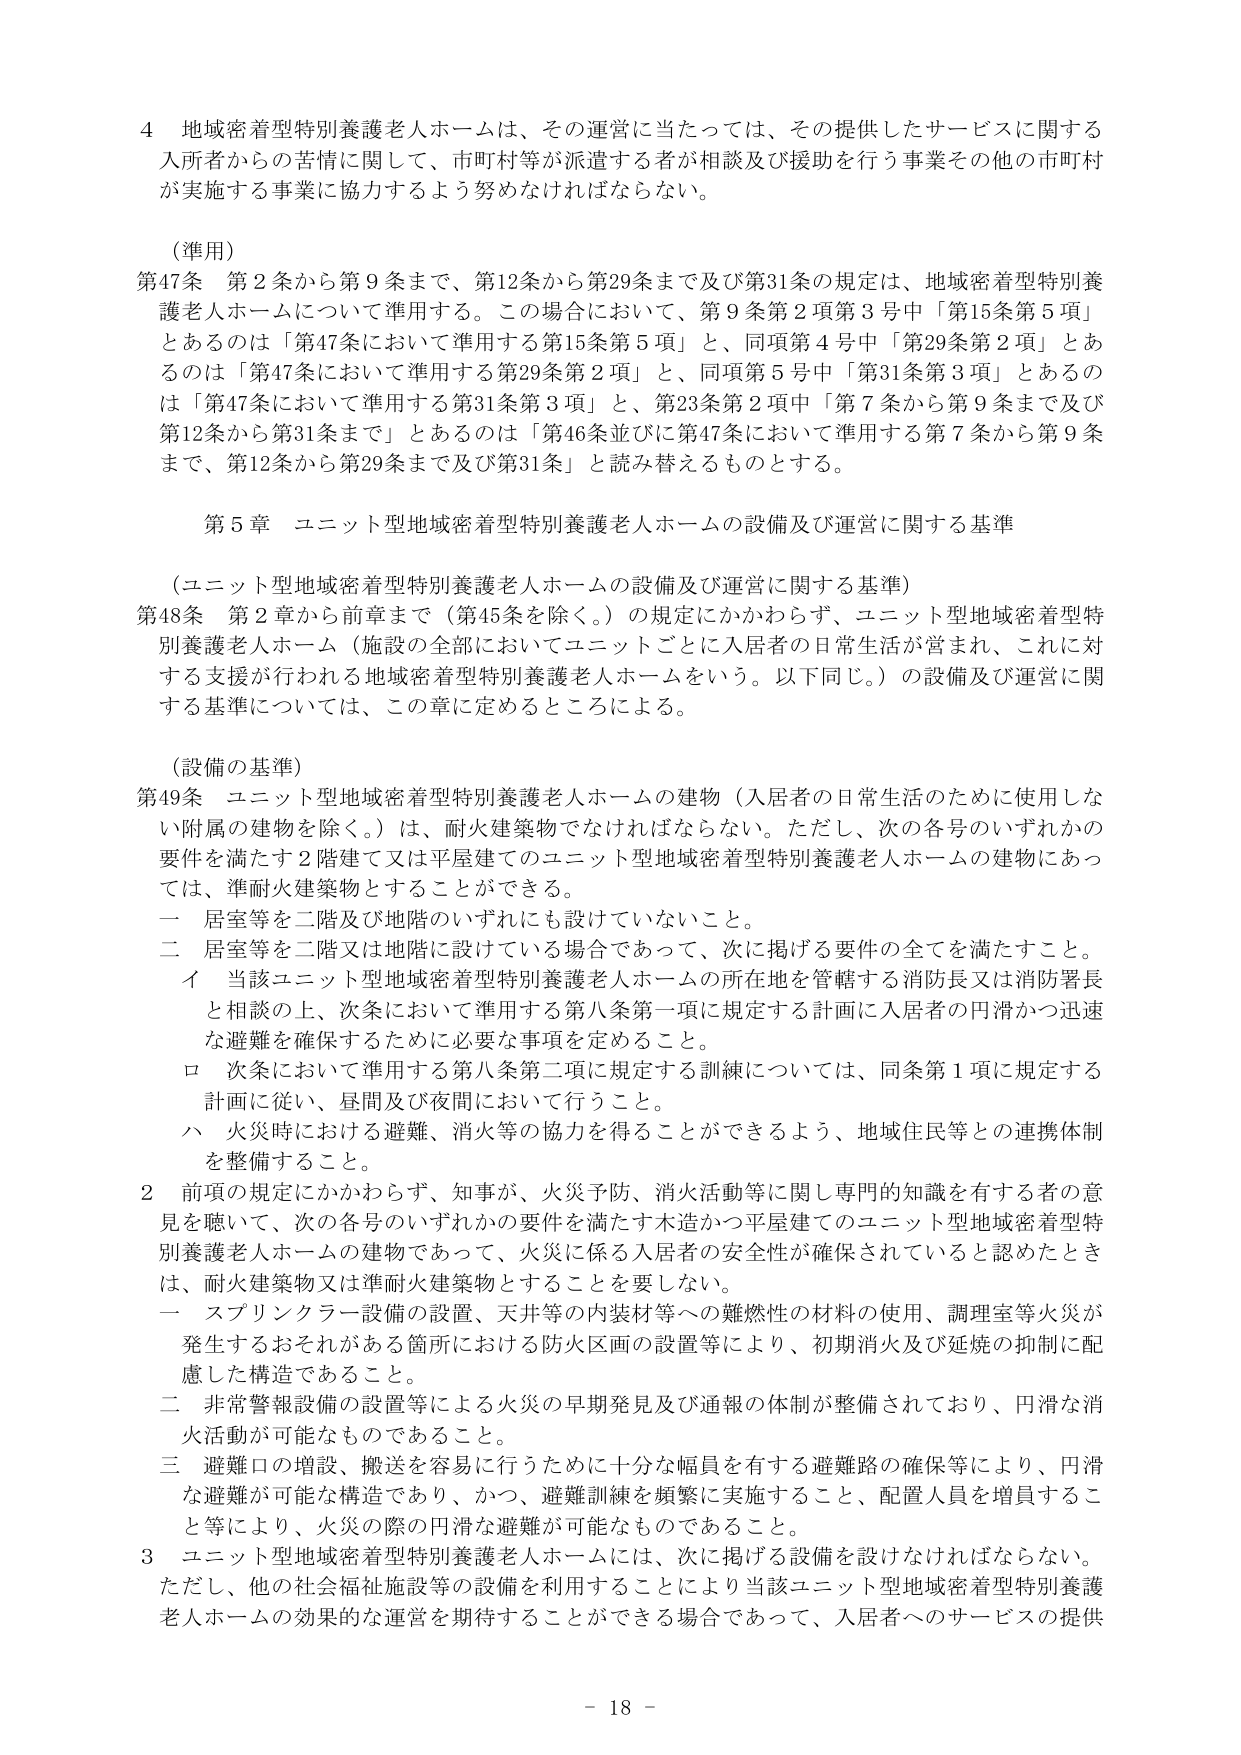
4 地域密着型特別養護老人ホームは、その運営に当たっては、その提供したサービスに関する入所者からの苦情に関して、市町村等が派遣する者が相談及び援助を行う事業その他の市町村が実施する事業に協力するよう努めなければならない。

（準用）
第47条 第2条から第9条まで、第12条から第29条まで及び第31条の規定は、地域密着型特別養護老人ホームについて準用する。この場合において、第9条第2項第3号中「第15条第5項」とあるのは「第47条において準用する第15条第5項」と、同項第4号中「第29条第2項」とあるのは「第47条において準用する第29条第2項」と、同項第5号中「第31条第3項」とあるのは「第47条において準用する第31条第3項」と、第23条第2項中「第7条から第9条まで及び第12条から第31条まで」とあるのは「第46条並びに第47条において準用する第7条から第9条まで、第12条から第29条まで及び第31条」と読み替えるものとする。

第5章 ユニット型地域密着型特別養護老人ホームの設備及び運営に関する基準

（ユニット型地域密着型特別養護老人ホームの設備及び運営に関する基準）
第48条 第2章から前章まで（第45条を除く。）の規定にかかわらず、ユニット型地域密着型特別養護老人ホーム（施設の全部においてユニットごとに入居者の日常生活が営まれ、これに対する支援が行われる地域密着型特別養護老人ホームをいう。以下同じ。）の設備及び運営に関する基準については、この章に定めるところによる。

（設備の基準）
第49条 ユニット型地域密着型特別養護老人ホームの建物（入居者の日常生活のために使用しない附属の建物を除く。）は、耐火建築物でなければならない。ただし、次の各号のいずれかの要件を満たす2階建て又は平屋建てのユニット型地域密着型特別養護老人ホームの建物にあっては、準耐火建築物とすることができる。
一 居室等を二階及び地階のいずれにも設けていないこと。
二 居室等を二階又は地階に設けている場合であって、次に掲げる要件の全てを満たすこと。
　イ 当該ユニット型地域密着型特別養護老人ホームの所在地を管轄する消防長又は消防署長と相談の上、次条において準用する第八条第一項に規定する計画に入居者の円滑かつ迅速な避難を確保するために必要な事項を定めること。
　ロ 次条において準用する第八条第二項に規定する訓練については、同条第1項に規定する計画に従い、昼間及び夜間において行うこと。
　ハ 火災時における避難、消火等の協力を得ることができるよう、地域住民等との連携体制を整備すること。
2 前項の規定にかかわらず、知事が、火災予防、消火活動等に関し専門的知識を有する者の意見を聴いて、次の各号のいずれかの要件を満たす木造かつ平屋建てのユニット型地域密着型特別養護老人ホームの建物であって、火災に係る入居者の安全性が確保されていると認めたときは、耐火建築物又は準耐火建築物とすることを要しない。
一 スプリンクラー設備の設置、天井等の内装材等への難燃性の材料の使用、調理室等火災が発生するおそれがある箇所における防火区画の設置等により、初期消火及び延焼の抑制に配慮した構造であること。
二 非常警報設備の設置等による火災の早期発見及び通報の体制が整備されており、円滑な消火活動が可能なものであること。
三 避難口の増設、搬送を容易に行うために十分な幅員を有する避難路の確保等により、円滑な避難が可能な構造であり、かつ、避難訓練を頻繁に実施すること、配置人員を増員すること等により、火災の際の円滑な避難が可能なものであること。
3 ユニット型地域密着型特別養護老人ホームには、次に掲げる設備を設けなければならない。ただし、他の社会福祉施設等の設備を利用することにより当該ユニット型地域密着型特別養護老人ホームの効果的な運営を期待することができる場合であって、入居者へのサービスの提供

- 18 -